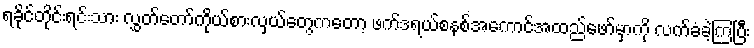
ရခိုင်တိုင်းရင်းသား လွှတ်တော်ကိုယ်စားလှယ်တွေကတော့ ဖက်ဒရယ်စနစ်အကောင်အထည်ဖော်မှာကို လက်ခံခဲ့ကြပြီး